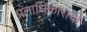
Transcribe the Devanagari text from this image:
प्रताधिकारांची